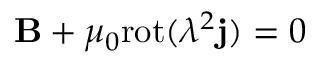
{ \bf B } + \mu _ { 0 } \mathrm { r o t } ( \lambda ^ { 2 } { \bf j } ) = 0